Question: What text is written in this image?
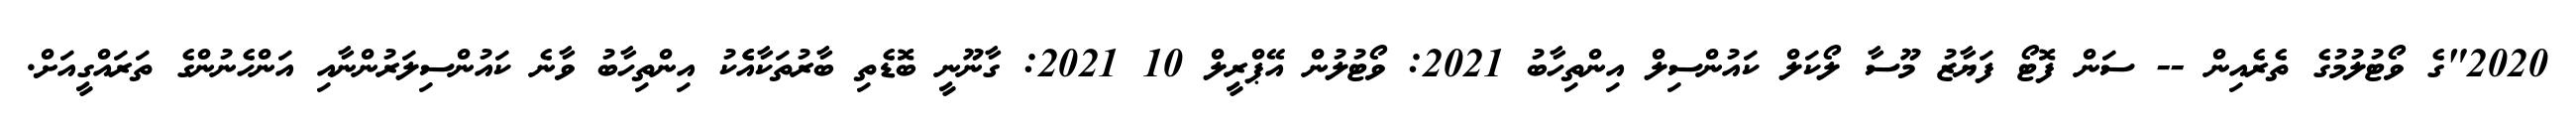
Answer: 2020"ގެ ވޯޓުލުމުގެ ތެރެއިން -- ސަން ފޮޓޯ ފަޔާޒު މޫސާ ލޯކަލް ކައުންސިލް އިންތިހާބު 2021: ވޯޓުލުން އޭޕްރީލް 10 2021: ގާނޫނީ ބޮޑެތި ބާރުތަކާއެެކު އިންތިހާބު ވާނެ ކައުންސިލަރުންނާއި އަންހެނުންގެ ތަރައްގީއަށް.